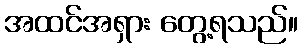
အထင်အရှား တွေ့ရသည်။